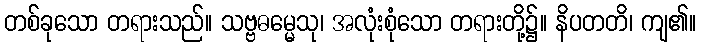
တစ်ခုသော တရားသည်။ သဗ္ဗဓမ္မေသု၊ အလုံးစုံသော တရားတို့၌။ နိပတတိ၊ ကျ၏။